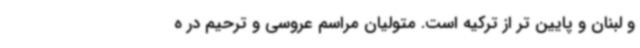
و لبنان و پایین تر از ترکیه است. متولیان مراسم عروسی و ترحیم در ه